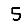
Digit: 5